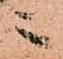
ニ